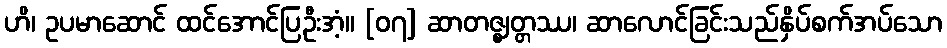
ဟိ၊ ဥပမာဆောင် ထင်အောင်ပြဦးအံ့။ [၀၇] ဆာတဇ္ဈတ္တဿ၊ ဆာလောင်ခြင်းသည်နှိပ်စက်အပ်သော